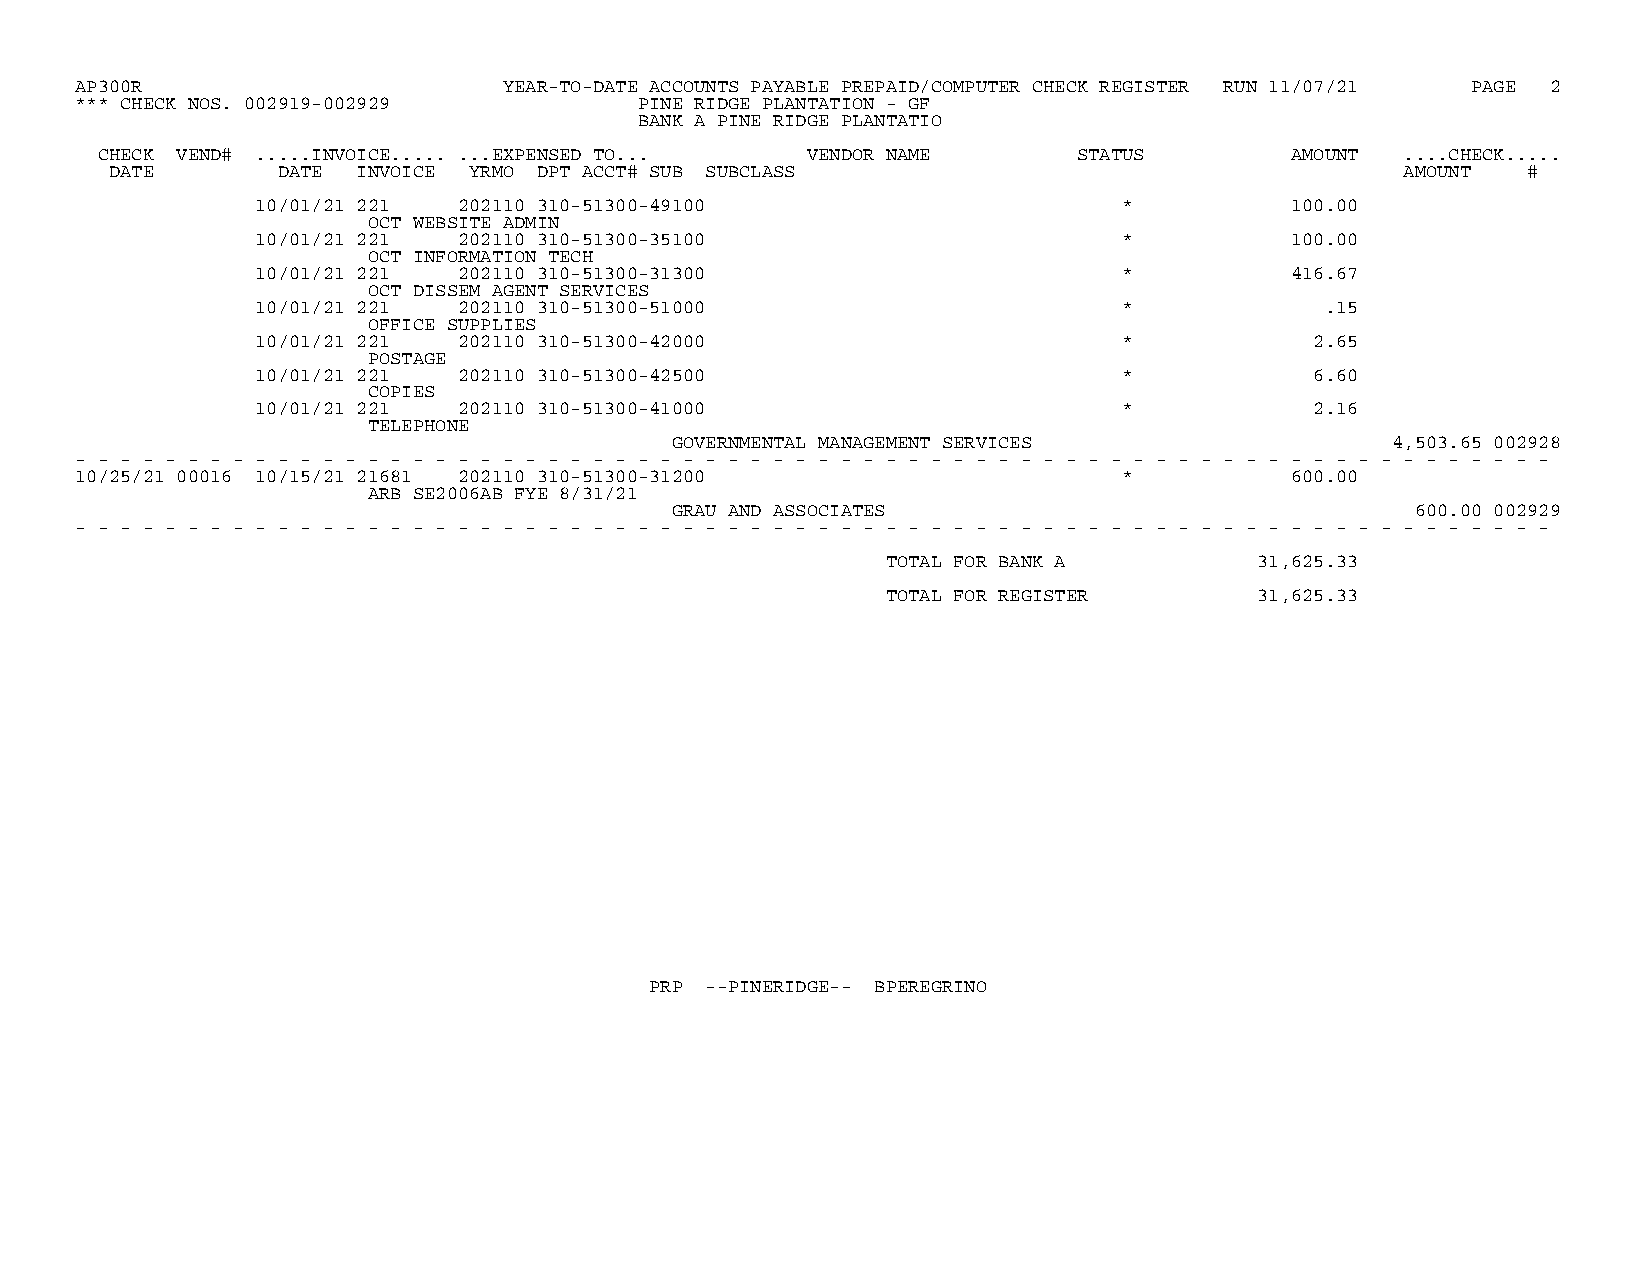
AP300R                      YEAR-TO-DATE ACCOUNTS PAYABLE PREPAID/COMPUTER CHECK REGISTER RUN 11/07/21 PAGE 2
 *** CHECK NOS. 002919-002929         PINE RIDGE PLANTATION - GF
 BANK A PINE RIDGE PLANTATIO
 CHECK VEND# .....INVOICE..... ...EXPENSED TO... VENDOR NAME      STATUS        AMOUNT  ....CHECK.....
 DATE       DATE  INVOICE YRMO DPT ACCT# SUB SUBCLASS                                  AMOUNT  #
 10/01/21 221 202110 310-51300-49100                      *          100.00
 OCT WEBSITE ADMIN
 10/01/21 221 202110 310-51300-35100                      *          100.00
 OCT INFORMATION TECH
 10/01/21 221 202110 310-51300-31300                      *          416.67
 OCT DISSEM AGENT SERVICES
 10/01/21 221 202110 310-51300-51000                      *             .15
 OFFICE SUPPLIES
 10/01/21 221 202110 310-51300-42000                      *            2.65
 POSTAGE
 10/01/21 221 202110 310-51300-42500                      *            6.60
 COPIES
 10/01/21 221 202110 310-51300-41000                      *            2.16
 TELEPHONE
 GOVERNMENTAL MANAGEMENT SERVICES                4,503.65 002928
 - - - - - - - - - - - - - - - - - - - - - - - - - - - - - - - - - - - - - - - - - - - - - - - - - - - - - - - - - - - - - - - - - -
 10/25/21 00016 10/15/21 21681 202110 310-51300-31200                 *          600.00
 ARB SE2006AB FYE 8/31/21
 GRAU AND ASSOCIATES                               600.00 002929
 - - - - - - - - - - - - - - - - - - - - - - - - - - - - - - - - - - - - - - - - - - - - - - - - - - - - - - - - - - - - - - - - - -
 TOTAL FOR BANK A        31,625.33
 TOTAL FOR REGISTER      31,625.33
 PRP --PINERIDGE-- BPEREGRINO